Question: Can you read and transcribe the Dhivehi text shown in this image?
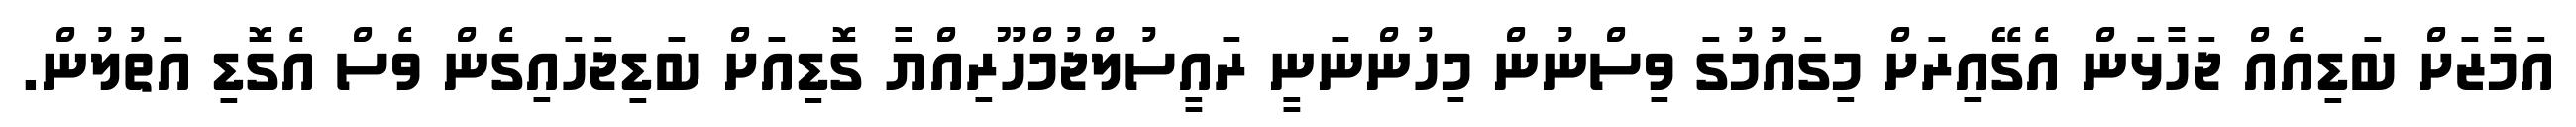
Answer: އަމާޒަށް ބަޑިއެއް ޖަހާޅަން އެގޭއިރަށް މިގައުމުގަ ވިސްނުން މިހުންނަނީ ރައީސުލްޖުމްހޫރިއްޔާ ގޮޑިއަށް ބަޑިޖަހައިގެން ވެސް އެގޮޑި އަތުލުން.